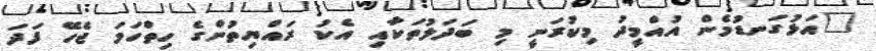
"އަޅުގަނޑުމެން އުއްމީދު މިކުރަނީ މި ބަދަލުތަކާއި އެކު ރައްޔިތުންގެ ހިތްހަމަ ޖެހޭ ފަދަ